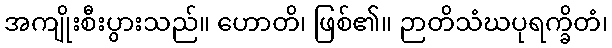
အကျိုးစီးပွားသည်။ ဟောတိ၊ ဖြစ်၏။ ဉာတိသံဃပုရက္ခိတံ၊